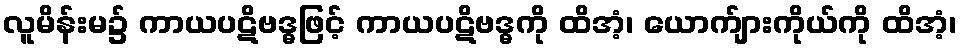
လူမိန်းမ၌ ကာယပဋိဗဒ္ဓဖြင့် ကာယပဋိဗဒ္ဓကို ထိအံ့၊ ယောက်ျားကိုယ်ကို ထိအံ့၊